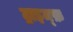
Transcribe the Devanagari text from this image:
ट्राइम्फ़